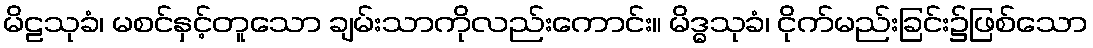
မိဠသုခံ၊ မစင်နှင့်တူသော ချမ်းသာကိုလည်းကောင်း။ မိဒ္ဓသုခံ၊ ငိုက်မည်းခြင်း၌ဖြစ်သော